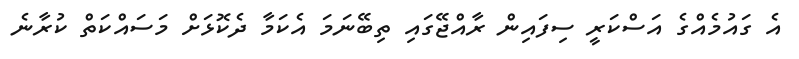
އެ ގައުމެއްގެ އަސްކަރީ ސިފައިން ރާއްޖޭގައި ތިބޭނަމަ އެކަމާ ދެކޮޅަށް މަސައްކަތް ކުރާނެ